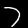
Label: 7